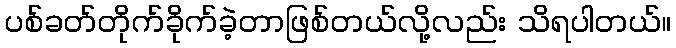
ပစ်ခတ်တိုက်ခိုက်ခဲ့တာဖြစ်တယ်လို့လည်း သိရပါတယ်။